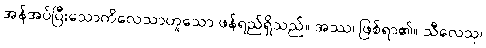
အန်အပ်ပြီးသောကိလေသာဟူသော ဖန်ရည်ရှိသည်။ အဿ၊ ဖြစ်ရာ၏။ သီလေသု၊